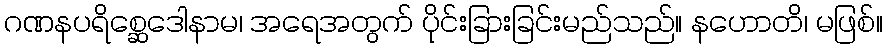
ဂဏနပရိစ္ဆေဒေါနာမ၊ အရေအတွက် ပိုင်းခြားခြင်းမည်သည်။ နဟောတိ၊ မဖြစ်။